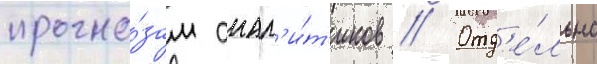
прогно́зам анал'и́т'иков // Отд'е́льно